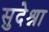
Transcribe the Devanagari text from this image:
सुदेश्ना